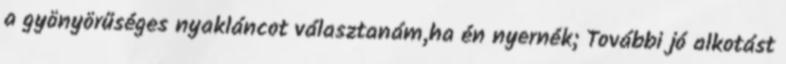
a gyönyörűséges nyakláncot választanám,ha én nyernék; További jó alkotást